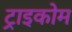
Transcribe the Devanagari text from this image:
ट्राइकोम